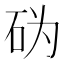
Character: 𰦨